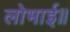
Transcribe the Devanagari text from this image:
लोभाई॥